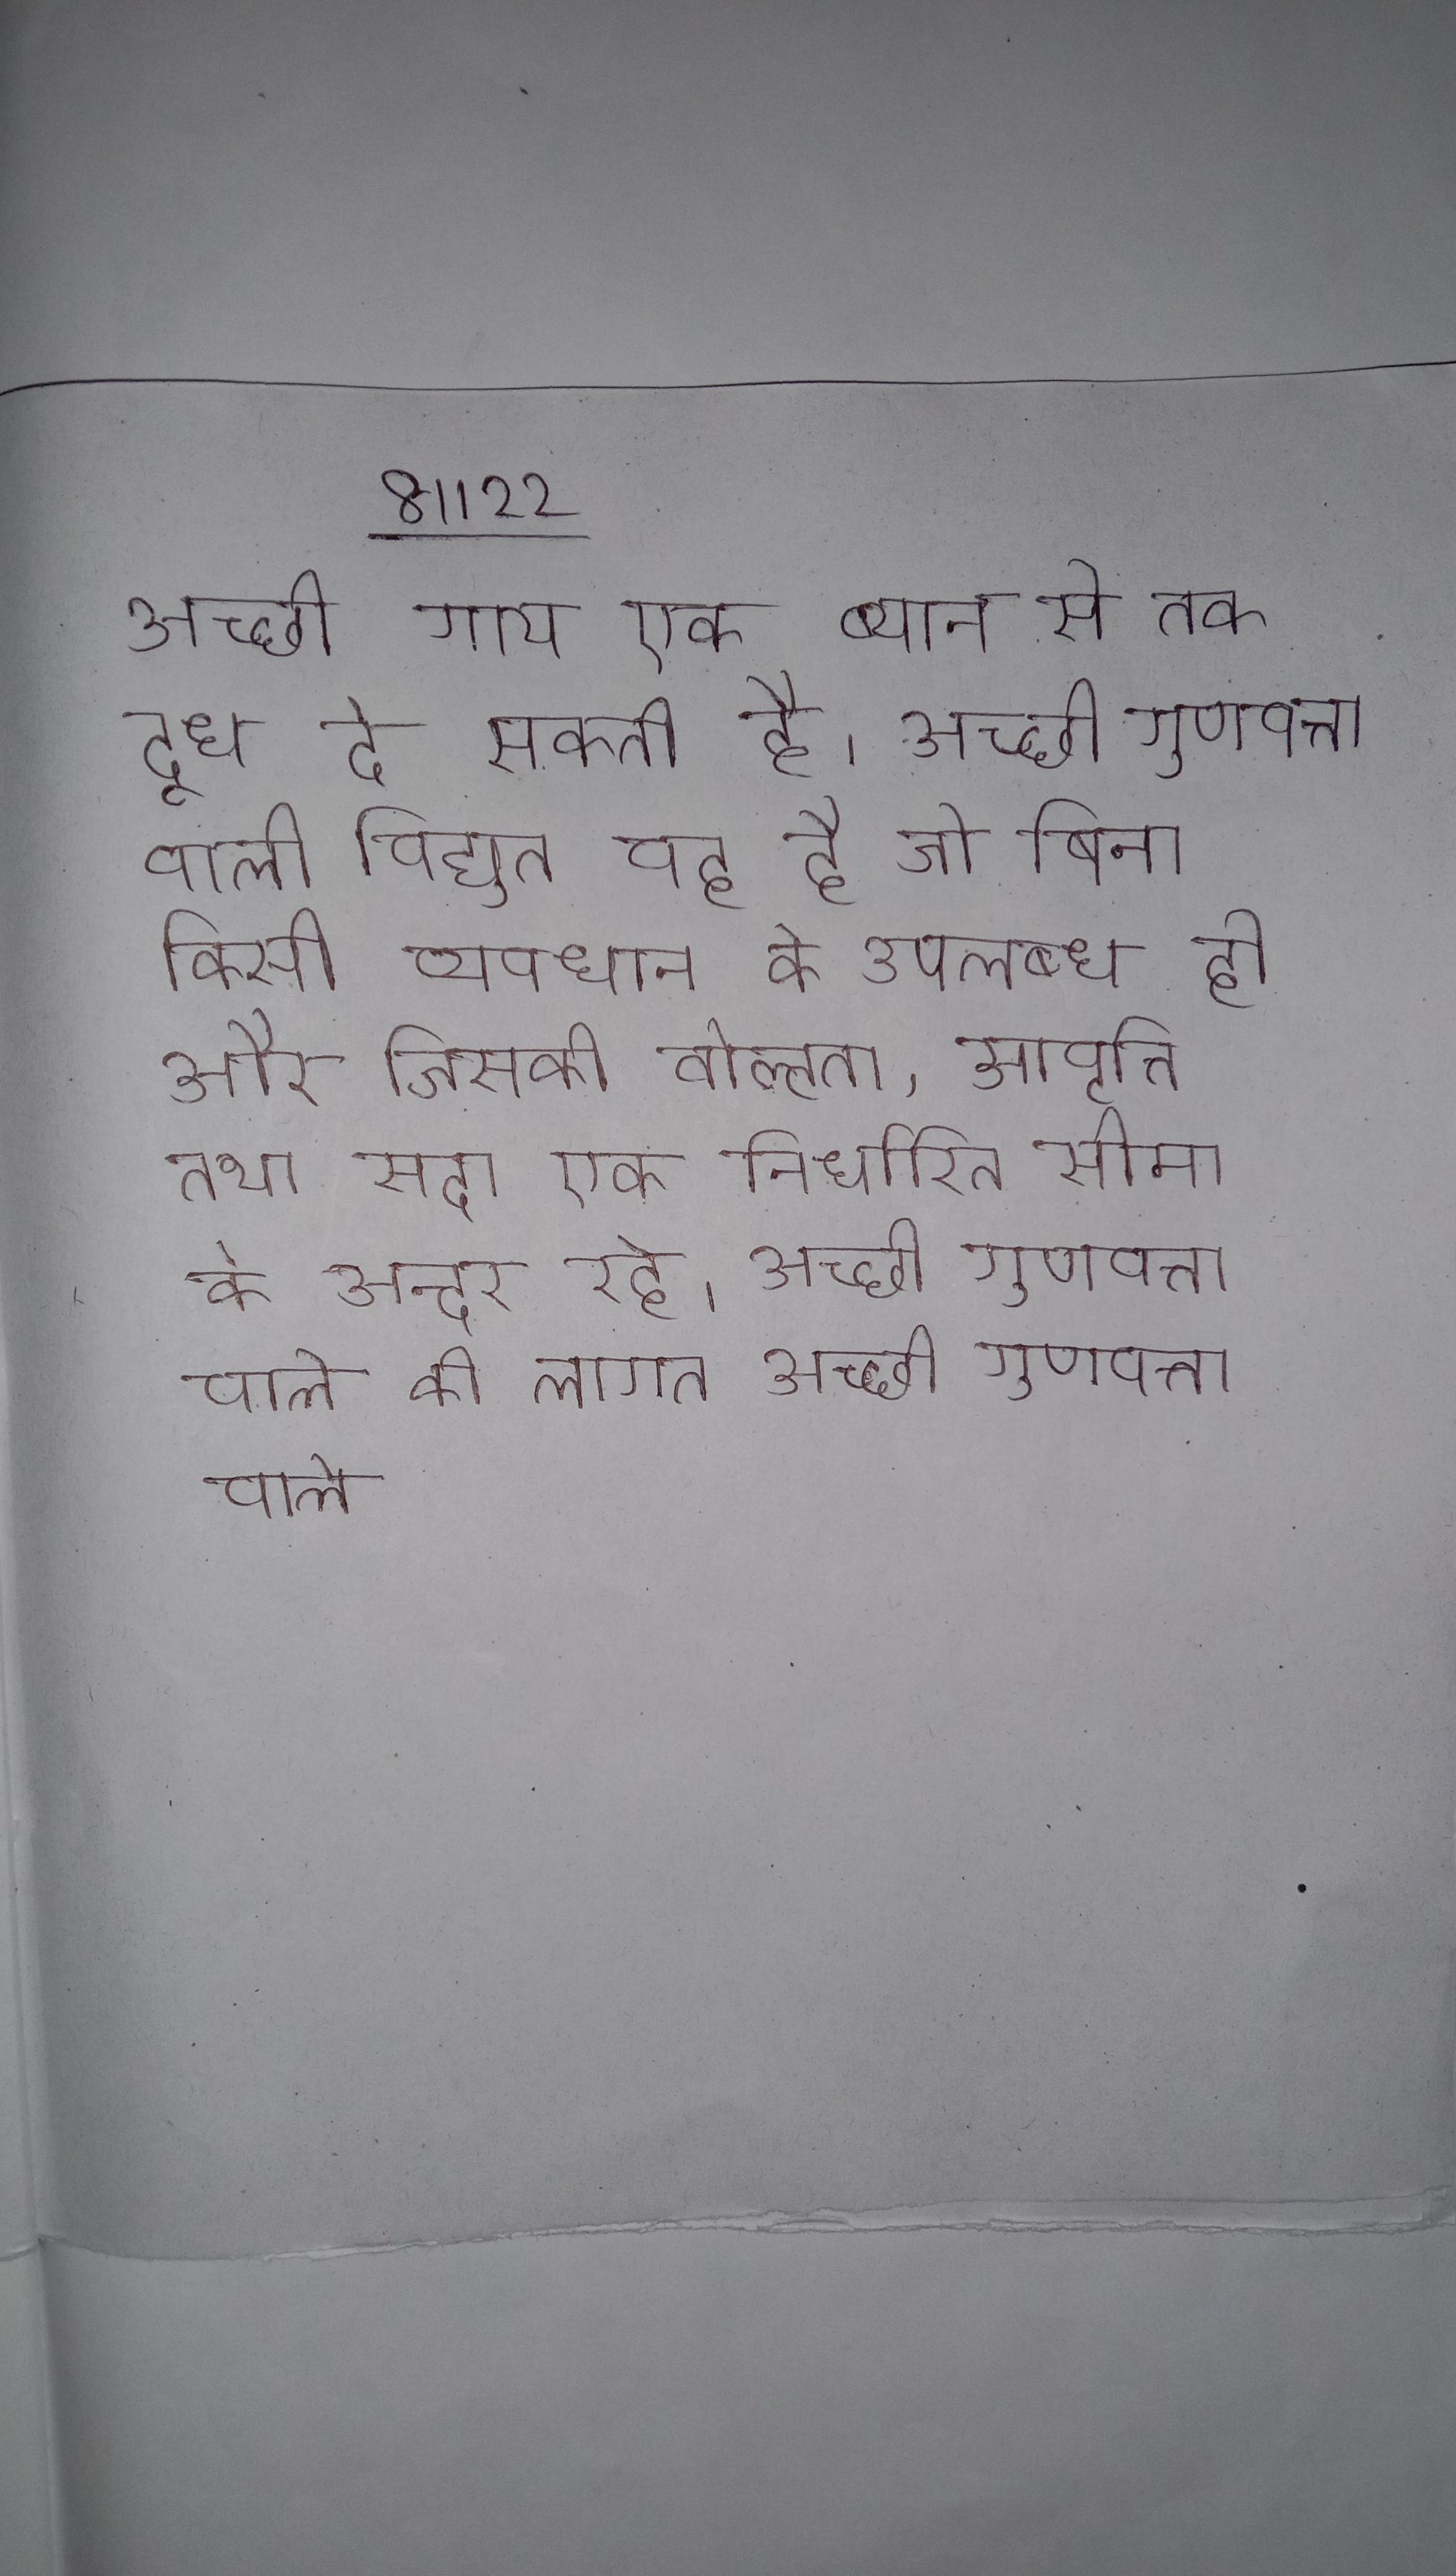
अच्छी गाय एक ब्यान से तक दूध दे सकती है । अच्छी गुणवत्ता वाली विद्युत वह है जो बिना किसी व्यवधान के उपलब्ध हो और जिसकी वोल्टता, आवृत्ति तथा सदा एक निर्धारित सीमा के अन्दर रहे । अच्छी गुणवत्ता वाले की लागत अच्छी गुणवत्ता वाले प्लास्टिक के समान होती है, लेकिन प्लास्टिक अधिक टिकाऊ होते और आमतौर पर उनकी बिना कोई हानि के कई मैच देर तक चलते ।